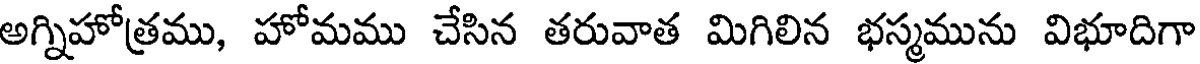
అగ్నిహోత్రము, హోమము చేసిన తరువాత మిగిలిన భస్మమును విభూదిగా